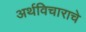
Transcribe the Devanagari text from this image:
अर्थविचाराचे